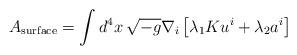
LaTeX: \begin{align*}A_{\rm surface} = \int d^4 x \, \sqrt{-g} \nabla_i \left[ \lambda_1 K u^i + \lambda_2 a^i\right]\end{align*}